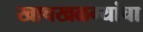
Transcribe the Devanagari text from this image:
खाचखळग्यांचा